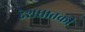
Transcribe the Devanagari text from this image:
देशघातकी